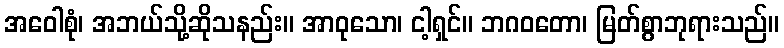
အဝေါစုံ၊ အဘယ်သို့ဆိုသနည်း။ အာဝုသော၊ ငါ့ရှင်။ ဘဂဝတော၊ မြတ်စွာဘုရားသည်။